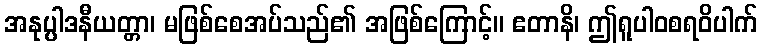
အနုပ္ပါဒနီယတ္တာ၊ မဖြစ်စေအပ်သည်၏ အဖြစ်ကြောင့်။ ဧတာနိ၊ ဤရူပါဝစရဝိပါက်